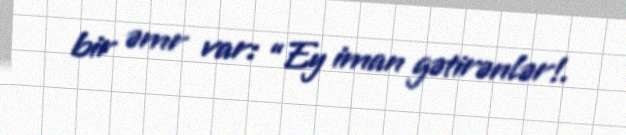
bir əmr var: “Ey iman gətirənlər!.